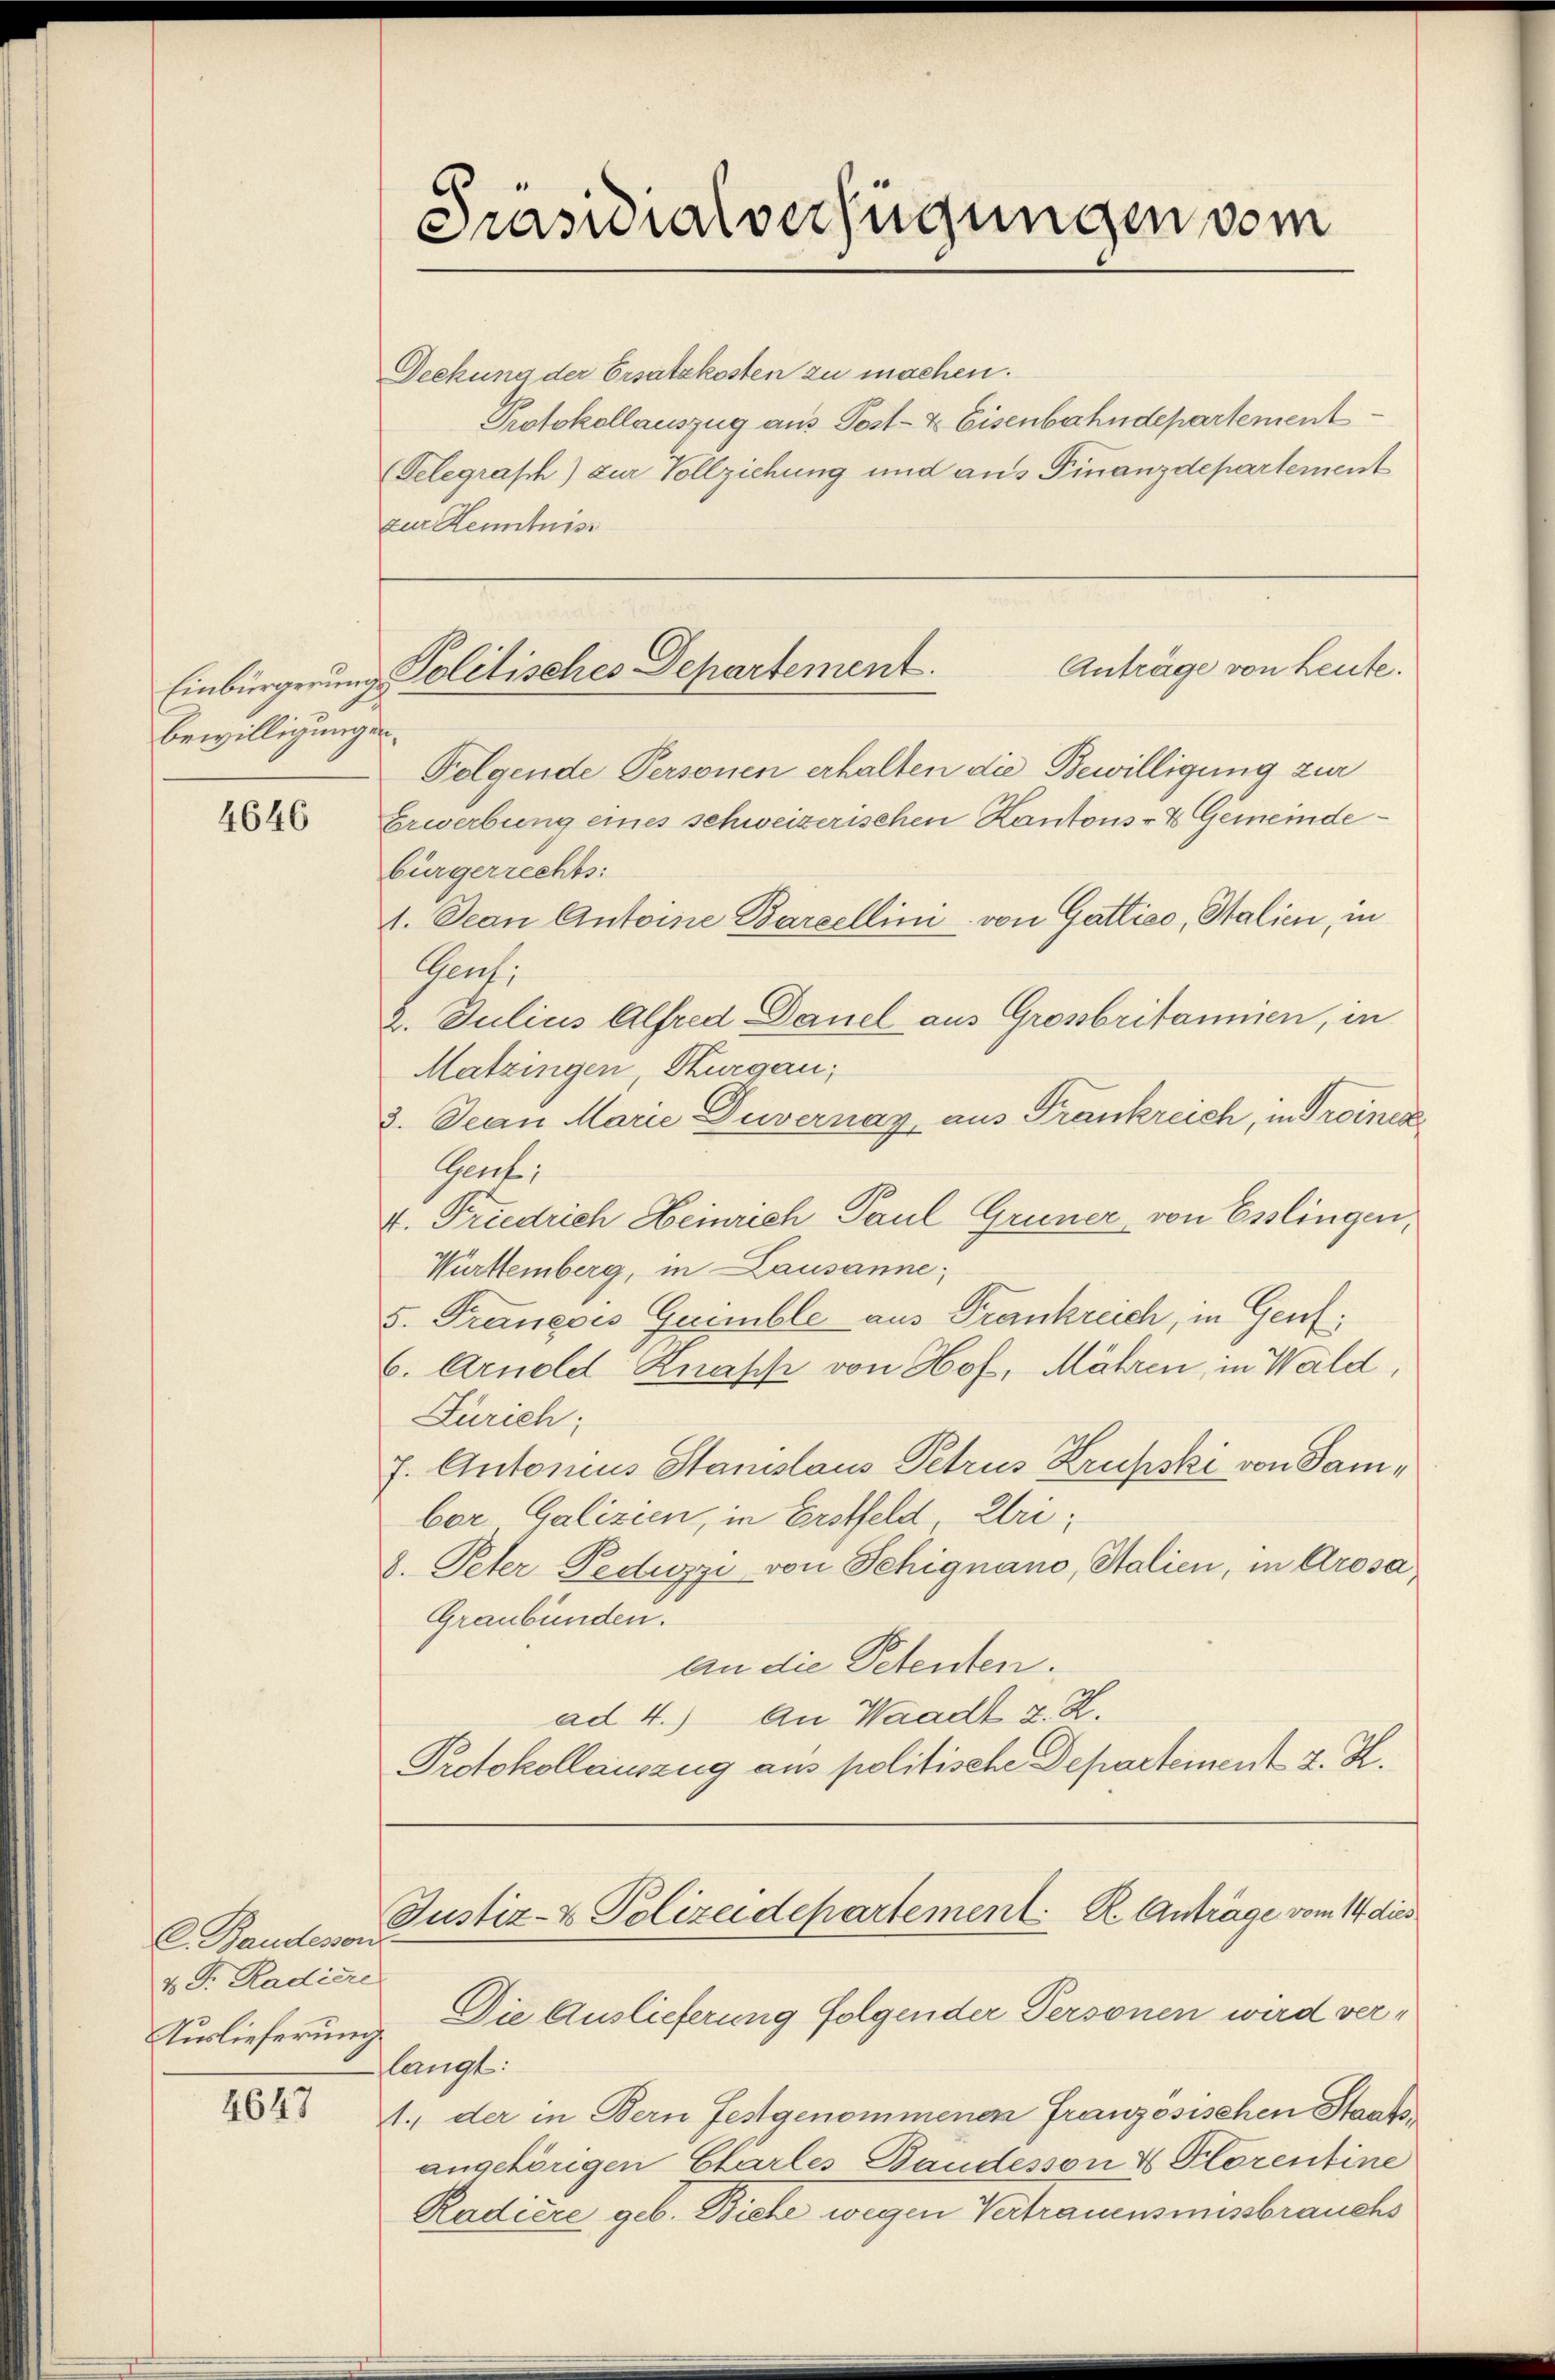
Einbürgerung
bewilligungen

4646

C. Bandessen
v P. Radiere
Auslieferung

4647

Präsidialverfügungen vom

Deckung der Ersatzkosten zu machen.
Protokollauszug aus Post- & Eisenbahndepartement
(Telegrasch) zur Vollziehung und aus Finanzdepartement
zur Kenntnis
Anträge von Leute.
Folgende Personen erhalten die Bewilligung zur
Erwerbung eines schweizerischen Kantons- & Gemeindebürgerrechts:
1. Jean Antoine Barzellini von Gattico, Salien, in
Gent:
2. Julius Alfred Danel aus Grossbritannien, in
Matzingen, Thurgau;
3. Jean Marie Duvernay, aus Frankreich, in Troines
Gent,
v. Friedrich Heinrich Paul Grüner von Esslingen,
Württemberg, in Lausanne;
5. Francois Gaemble aus Frankreich, in Genf
6. Arnold Knapp von Hof, Mähren, in Wald,
Zürich;
7. Antonius Stamslaus Petrus Krufski von Sambor Galizien, in Erstfeld Ulri
8. Peter Peduzzi von Tehignano, Salien, in Arosa
Graubünden.
an die Petenten.
ad 4.) An Waadt z. Z.
Protokollauszug aus politische Departement J. H.
Justiz- & Polizeidepartement. R. Anträge vom 14 dies
Die Auslieferung folgender Personen wird verlangt:
1. der in Bern Festgenommenen Franzosischen Staatsangehörigen Charles Bandesson 4 Florentine
Radiere geb. Biche wegen Vertrauensmisbrauchs

Politisches Departement.